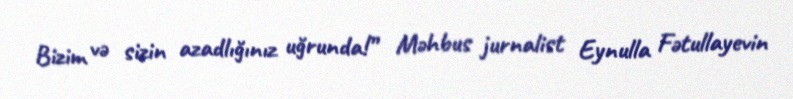
Bizim və sizin azadlığınız uğrunda!” Məhbus jurnalist Eynulla Fətullayevin